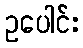
ဥပေါင်း